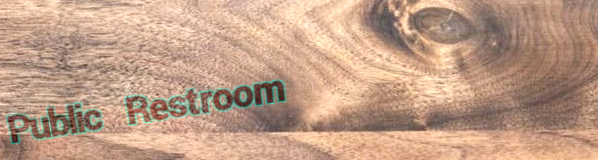
Public Restroom